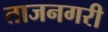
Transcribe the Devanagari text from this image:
ताजनगरी